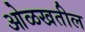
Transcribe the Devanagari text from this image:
ओळखतील